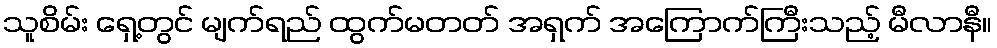
သူစိမ်း ရှေ့တွင် မျက်ရည် ထွက်မတတ် အရှက် အကြောက်ကြီးသည့် မီလာနီ။